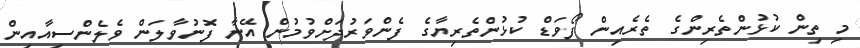
މި ތިން ކުޅުންތެރިންގެ ތެރެއިން ފޯވަޑް ކުޅުންތެރިޔާގެ ފެންވަރުދަށްވުމުން އޭނާ ފޮނުވާލަން ވެލެންސިއާއިން